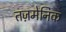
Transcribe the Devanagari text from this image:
तज़मेनिक